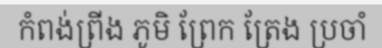
កំពង់ព្រីង ភូមិ ព្រែក ត្រែង ប្រចាំ